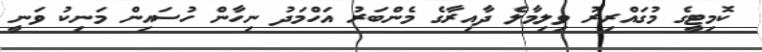
ކޮމިޓީގެ މުގައްރިރު ވިލިމާލެ ދާއިރާގެ މެންބަރު އަހްމަދު ނިހާން ހުސައިން މަނިކު ވަނީ